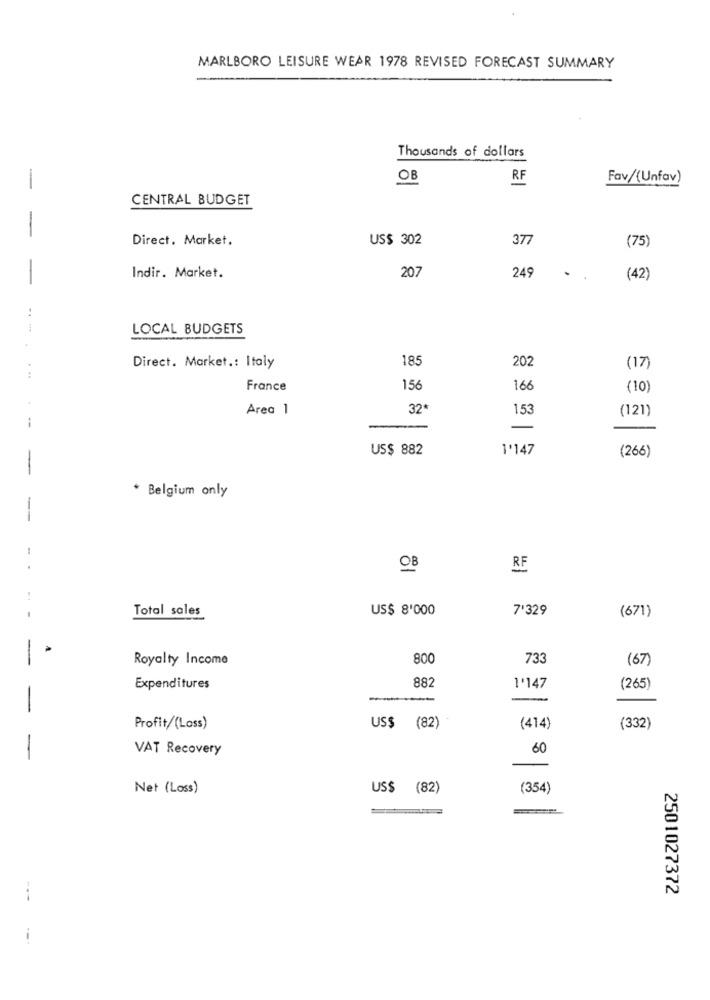
MARLBORO LEISURE WEAR 1978 REVISED FORECAST SUMMARY
Thousands of dollars
OB
RF
Fav/(Unfav)
-
CENTRAL BUDGET
-
Direct. Market.
US$ 302
377
(75)
-
207
249
Indir. Market.
(42)
LOCAL BUDGETS
185
202
Direct. Market .: Italy
(17)
...
France
156
166
(10)
Area 1
32*
153
(121)
--
US$ 882
1'147
(266)
-
* Belgium only
OB
RF
Total sales
US$ 8'000
7'329
(671)
-
Royalty Income
800
733
(67)
882
Expenditures
1'147
(265)
-
-
Profit/(Loss)
US$ (82)
(414)
(332)
VAT Recovery
60
-
Net (Loss)
US$ (82)
(354)
2501027372